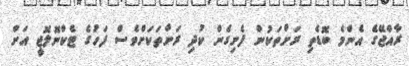
ރާއްޖޭގެ އެންމެ ބޮޑެތި ރަށްތަކުން ފެށިގެން ކުދި ރަށްތަކަށްވެސް ފަހުގެ ޓެކްނޮލޮޖީ އަށް